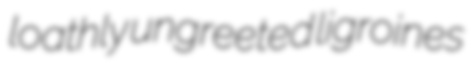
loathly ungreeted ligroines